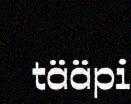
tääpi